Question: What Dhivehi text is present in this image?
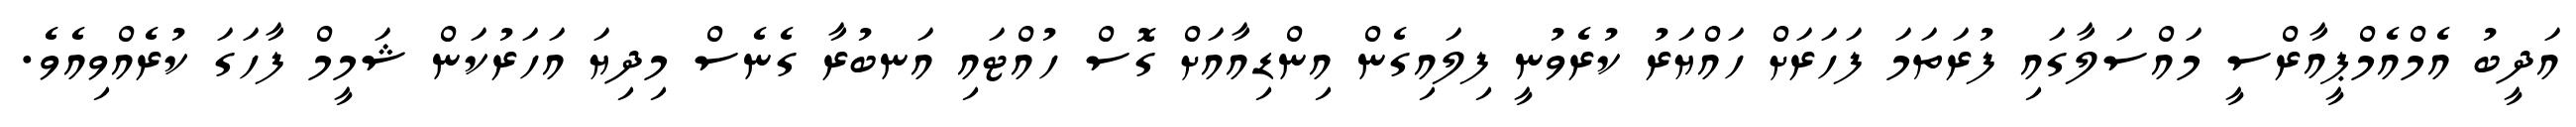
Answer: އަދީބު އެމްއެމްޕީއާރްސީ މައްސަލާގައި ފުރަތަމަ ފަހަރަށް ހައްޔަރު ކުރެވުނީ ފިލައިގެން އިންޑިއާއަށް ގޮސް ހުއްޓައި އަނބުރާ ގެނެސް މިދިޔަ އަހަރުކަން ޝަމީމް ފާހަގަ ކުރެއްވިއެވެ.